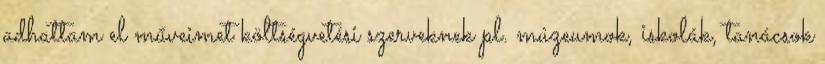
adhattam el műveimet költségvetési szerveknek pl. múzeumok, iskolák, tanácsok